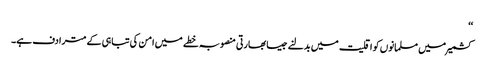
‘‘
کشمیر میں مسلمانوں کو اقلیت میں بدلنے جیسا بھارتی منصوبہ خطے میں امن کی تباہی کے مترادف ہے۔